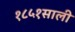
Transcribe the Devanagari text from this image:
१८५१साली